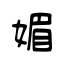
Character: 媚